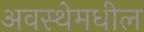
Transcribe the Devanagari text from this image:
अवस्थेमधील